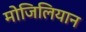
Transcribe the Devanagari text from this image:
मोजिलियान